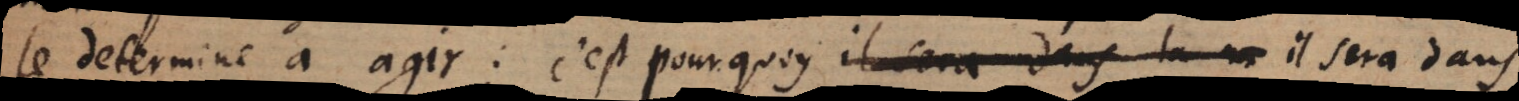
le determine à agir: c’est pourquoy il sera dans le monde la